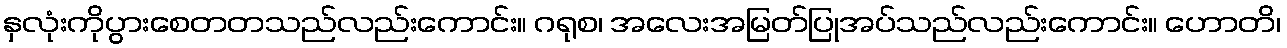
နှလုံးကိုပွားစေတတသည်လည်းကောင်း။ ဂရုစ၊ အလေးအမြတ်ပြုအပ်သည်လည်းကောင်း။ ဟောတိ၊